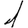
Digit: 1